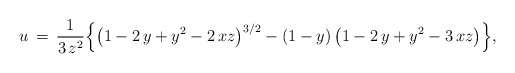
\begin{align*}u\,=\,\frac{1}{3\,z^2}\Big\{\big(1-2\,y+y^2-2\,xz\big)^{3/2}-(1-y)\,\big(1-2\,y+y^2-3\,xz\big)\Big\},\end{align*}